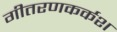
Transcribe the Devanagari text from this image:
गीतरणकर्कश